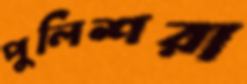
পুলিশরা